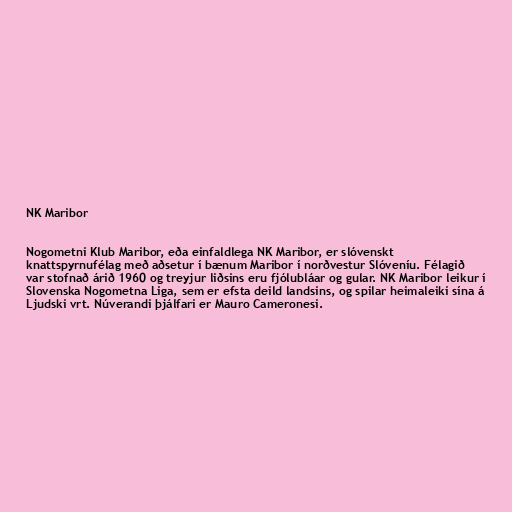
NK Maribor

Nogometni Klub Maribor, eða einfaldlega NK Maribor, er slóvenskt
knattspyrnufélag með aðsetur í bænum Maribor í norðvestur Slóveníu. Félagið
var stofnað árið 1960 og treyjur liðsins eru fjólubláar og gular. NK Maribor leikur í
Slovenska Nogometna Liga, sem er efsta deild landsins, og spilar heimaleiki sína á
Ljudski vrt. Núverandi þjálfari er Mauro Cameronesi.